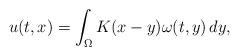
\begin{align*} u(t, x) = \int_\Omega K(x - y) \omega(t, y) \, dy,\end{align*}